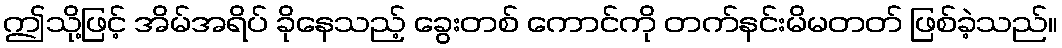
ဤသို့ဖြင့် အိမ်အရိပ် ခိုနေသည့် ခွေးတစ် ကောင်ကို တက်နင်းမိမတတ် ဖြစ်ခဲ့သည်။